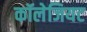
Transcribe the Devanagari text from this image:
कॉलेजियट